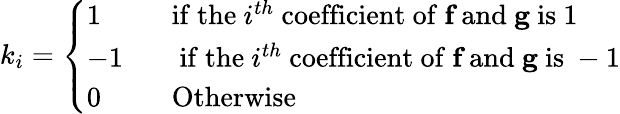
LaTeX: k_{i}={\left\{ \begin{array}{ll}{1\ \ \qquad{\mathrm{if~the}}\ i^{th}\ {\mathrm{coefficient~of}}\ {\textbf{f}}\ {\mathrm{and}}\ {\textbf{g}}\ {\mathrm{is}}\ 1}\\ {-1\qquad{\mathrm{if~the}}\ i^{th}\ {\mathrm{coefficient~of}}\ {\textbf{f}}\ {\mathrm{and}}\ {\textbf{g}}\ {\mathrm{is}}\ -1}\\ {0\ \ \qquad{\mathrm{Otherwise}}}\end{array}\right.}